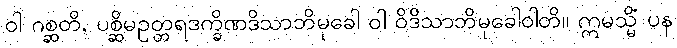
ဝါ ဂစ္ဆတိ, ပစ္ဆိမဥတ္တရဒက္ခိဏဒိသာဘိမုခေါ ဝါ ဝိဒိသာဘိမုခေါဝါတိ။ ဣမသ္မိံ ပန